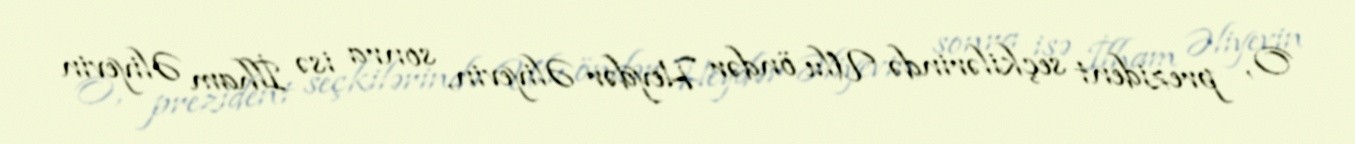
O, prezident seçkilərində Ulu öndər Heydər Əliyevin, sonra isə İlham Əliyevin